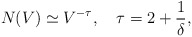
\begin{align*}N(V) \simeq V^{-\tau}, ~~~ \tau = 2 + \frac{1}{\delta},\end{align*}